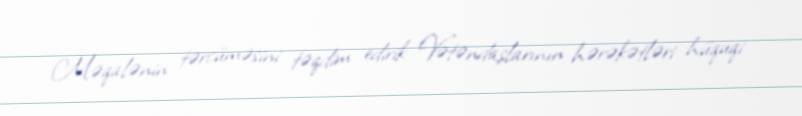
Məqalənin tərcüməsini təqdim edirik: Vətəndaşlarının hərəkətləri hüquqi